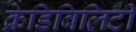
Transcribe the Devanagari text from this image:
क्रेडिबिलिटी